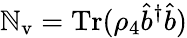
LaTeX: \mathbb{N}_{\mathrm{{v}}}=\mathrm{{Tr}}(\rho_{4}\hat{{b}}^{\dagger}\hat{{b}})